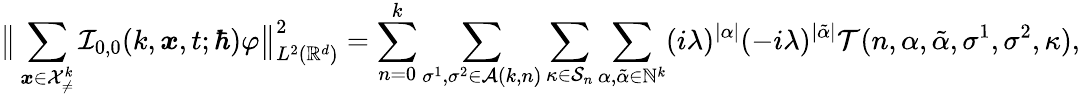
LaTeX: \big\lVert\sum_{\boldsymbol{x}\in\mathcal{X}_{\neq}^{k}}\mathcal{I}_{0,0}(k,\boldsymbol{x},t;\hbar)\varphi\big\rVert_{L^{2}(\mathbb{R}^{d})}^{2}=\sum_{n=0}^{k}\sum_{\sigma^{1},\sigma^{2}\in\mathcal{A}(k,n)}\sum_{\kappa\in\mathcal{S}_{n}}\sum_{\alpha,\tilde{\alpha}\in\mathbb{N}^{k}}(i\lambda)^{|\alpha|}(-i\lambda)^{|\tilde{\alpha}|}\mathcal{T}(n,\alpha,\tilde{\alpha},\sigma^{1},\sigma^{2},\kappa),